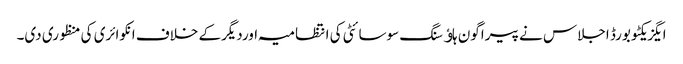
ایگزیکٹو بورڈ اجلاس نے پیراگون ہاﺅسنگ سوسائٹی کی انتظامیہ اوردیگرکے خلاف انکوائری کی منظوری دی۔